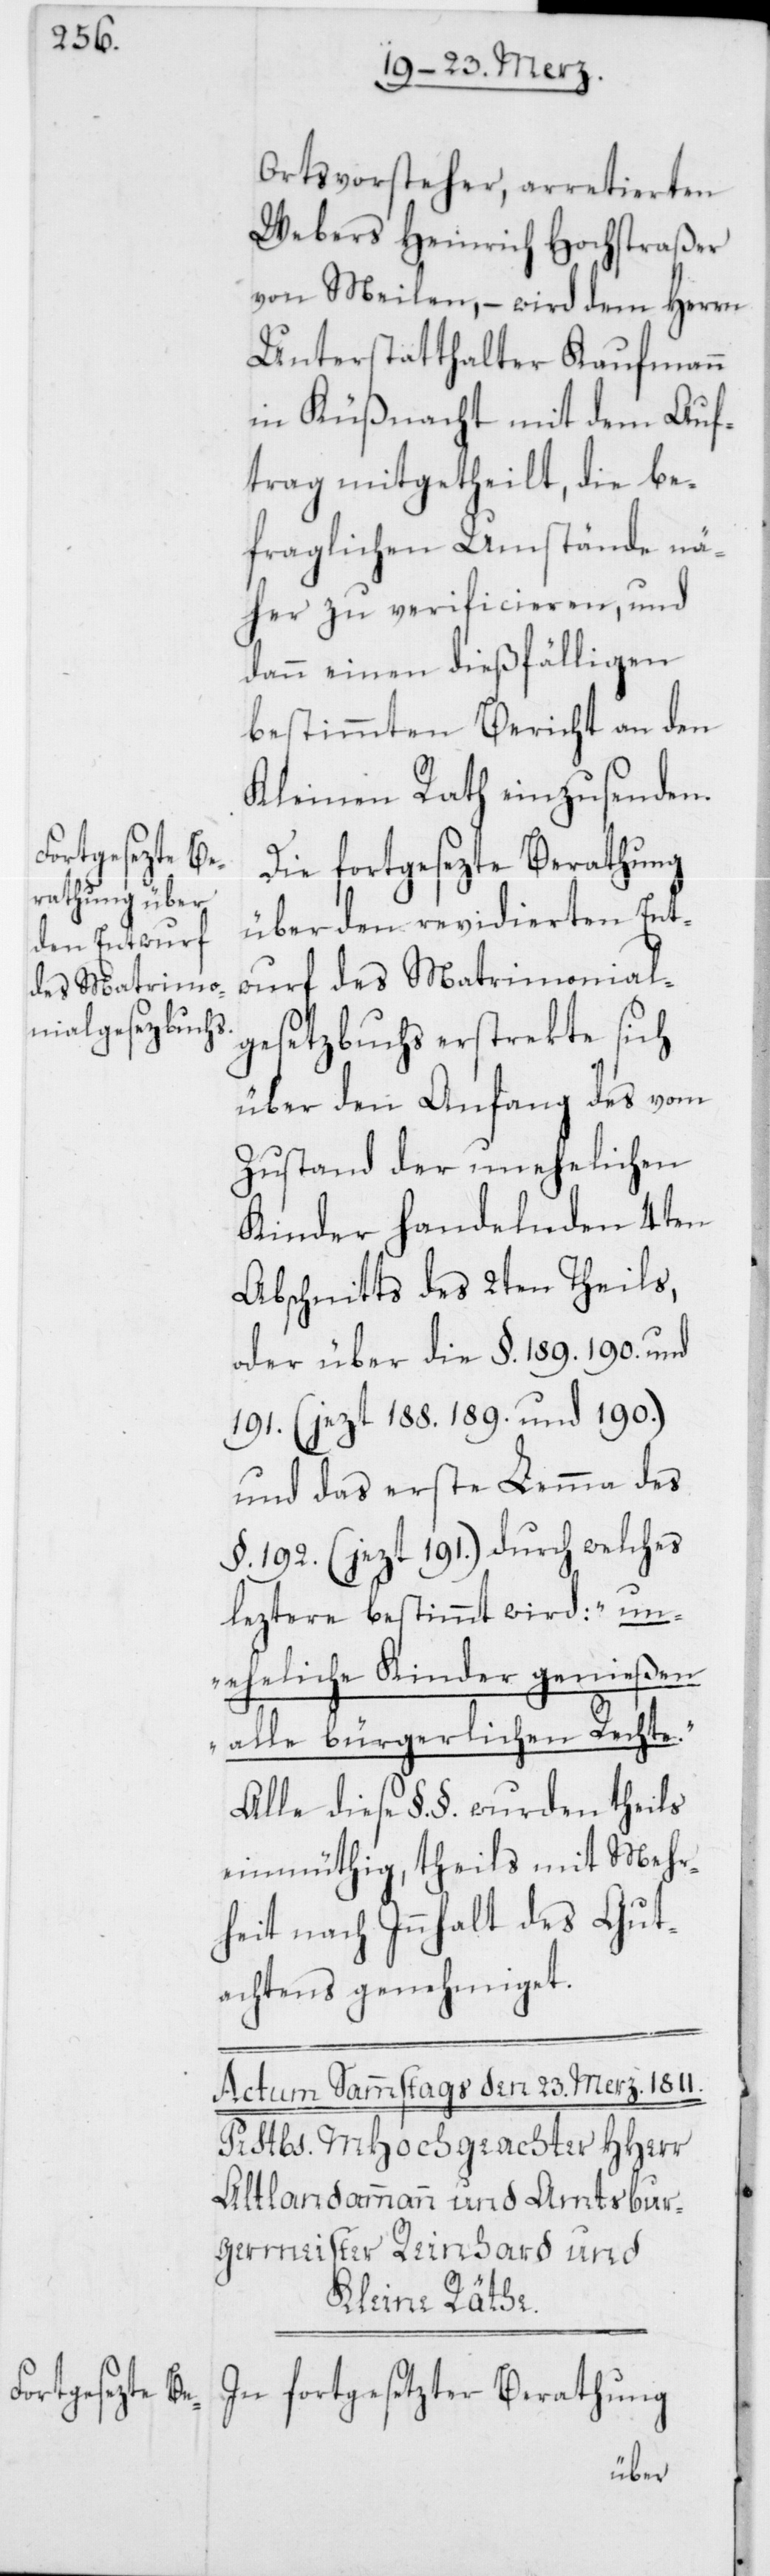
Ortsvorsteher, arretierten
Webers Heinrich Hochstraßer
von Meilen, – wird dem Herrn
Unterstatthalter Kaufmann
in Küßnacht mit dem Auf¬
trag mitgetheilt, die be¬
fraglichen Umstände nä¬
her zu verificieren, und
dann einen dießfälligen
bestimmten Bericht an den
Kleinen Rath einzusenden.
Die fortgesezte Berathung
über den revidierten Ent¬
wurf des Matrimonial¬
gesetzbuchs erstrekte sich
über den Anfang des vom
Zustand der unehelichen
Kinder handelnden 4ten
Abschnitts des 2ten Theils,
oder über die §. 189. 190. und
191. (jezt 188. 189. und 190.)
und das erste Lemma des
§. 192. (jezt 191.) durch welches
leztere bestimmt wird: „un¬
eheliche Kinder genießen
alle bürgerlichen Rechte.“
Alle diese §. §. wurden theils
einmüthig, theils mit Mehr¬
heit nach Innhalt des Gut¬
achtens genehmiget.
In fortgesezter Berathung